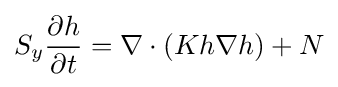
S_{y}{\frac {\partial h}{\partial t}}=\nabla \cdot (Kh\nabla h)+N